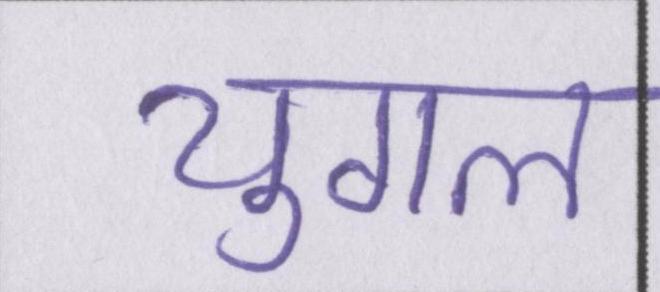
युगल